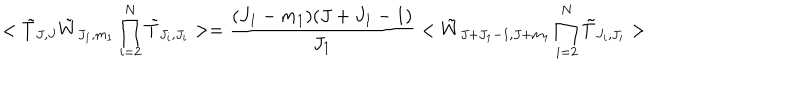
< \tilde { T } _ { J , J } \tilde { W } _ { J _ { 1 } , m _ { 1 } } \prod _ { i = 2 } ^ { N } \tilde { T } _ { J _ { i } , J _ { i } } > = \frac { ( J _ { 1 } - m _ { 1 } ) ( J + J _ { 1 } - 1 ) } { J _ { 1 } } < \tilde { W } _ { J + J _ { 1 } - 1 , J + m _ { 1 } } \prod _ { i = 2 } ^ { N } \tilde { T } _ { J _ { i } , J _ { i } } >